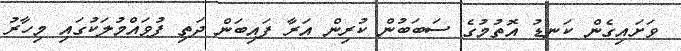
ވަށައިގެން ކަނޑު އޮތުމުގެ ސަބަބުން ކުރިން އަރާ ފައިބަން ދަތި ފުވައްމުލަކުގައި މިހާރު